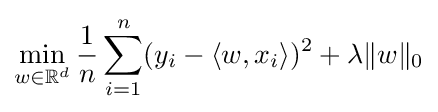
\min _{w\in \mathbb {R} ^{d}}{\frac {1}{n}}\sum _{i=1}^{n}(y_{i}-\langle w,x_{i}\rangle )^{2}+\lambda \|w\|_{0}